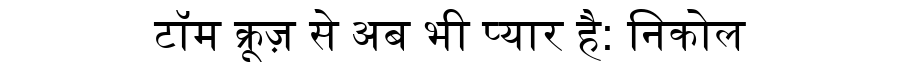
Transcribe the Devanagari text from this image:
टॉम क्रूज़ से अब भी प्यार है: निकोल